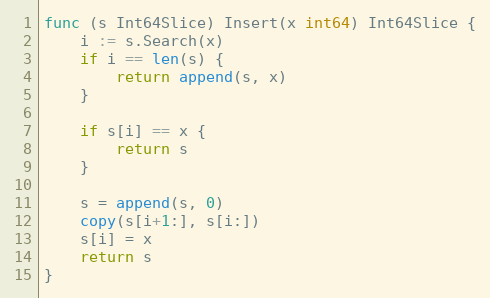
Language: Go
func (s Int64Slice) Insert(x int64) Int64Slice {
	i := s.Search(x)
	if i == len(s) {
		return append(s, x)
	}

	if s[i] == x {
		return s
	}

	s = append(s, 0)
	copy(s[i+1:], s[i:])
	s[i] = x
	return s
}